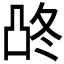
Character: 𰄓